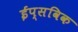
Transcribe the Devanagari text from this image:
ईप्सविक